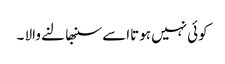
کوئی نہیں ہوتااسے سنبھا لنے والا ۔